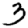
Digit: 3